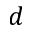
d